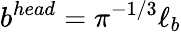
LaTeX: b^{head}=\pi^{-1/3}\ell_{b}